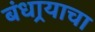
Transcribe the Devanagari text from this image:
बंधार्‍याचा